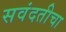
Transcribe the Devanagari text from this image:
सवंदतीचा